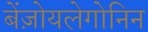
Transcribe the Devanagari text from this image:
बेंज़ोयलेगोनिन